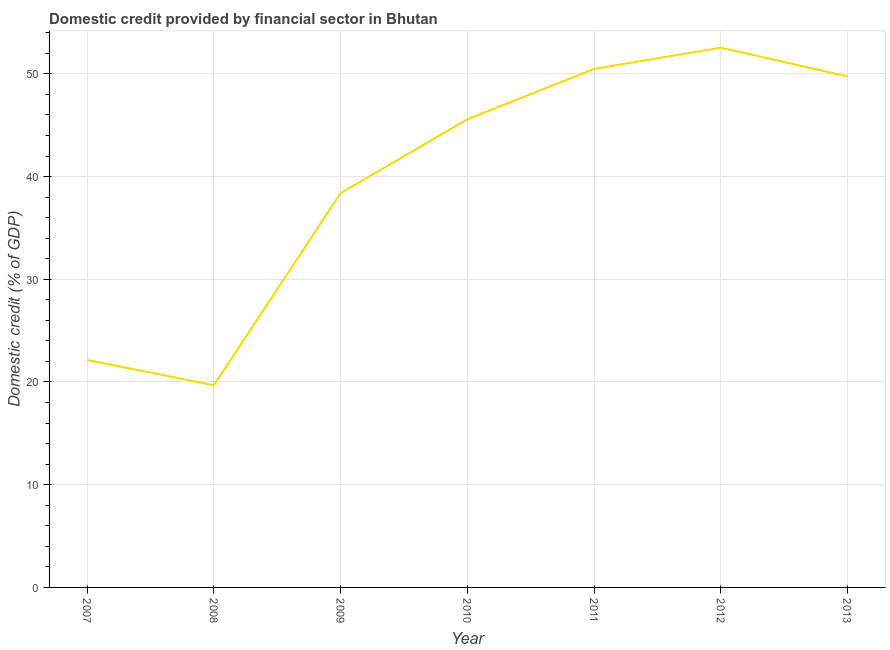
| Year | Domestic credit provided by financial sector |
 | --- | --- |
 | 2007 | 22.1 |
 | 2008 | 19.7 |
 | 2009 | 38.4 |
 | 2010 | 45.6 |
 | 2011 | 50.5 |
 | 2012 | 52.5 |
 | 2013 | 49.7 |